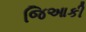
જિઆકી